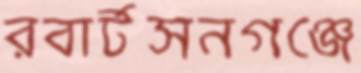
রবার্টসনগঞ্জে